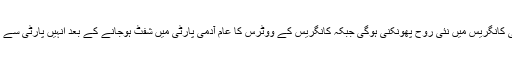
دہلی میں ایک طرح سے ختم ہورہی کانگریس میں نئی روح پھونکنی ہوگی جبکہ کانگریس کے ووٹرس کا عام آدمی پارٹی میں شفٹ ہوجانے کے بعد انہیں پارٹی سے ایک بار پھر جوڑنا آسان نہیں ہوگا۔